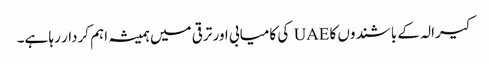
کیرالہ کے باشندوں کا UAE کی کامیابی اور ترقی میں ہمیشہ اہم کردار رہا ہے۔